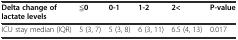
<table><thead><tr><td><b>Delta change of lactate levels</b></td><td><b>≦0</b></td><td><b>0-1</b></td><td><b>1-2</b></td><td><b>2&lt;</b></td><td><b>P-value</b></td></tr></thead><tbody><tr><td>ICU stay median (IQR)</td><td>5 (3, 7)</td><td>5 (3, 8)</td><td>6 (3, 11)</td><td>6.5 (4, 13)</td><td>0.017</td></tr></tbody></table>